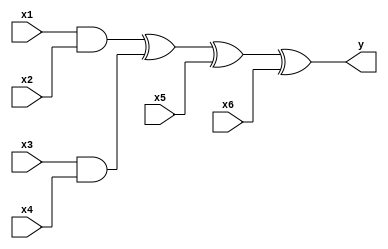

`timescale 1ns/10ps
//------------------------------------------------------------------------------------------
module cell_4xor(y,x1,x2,x3,x4,x5,x6);
  input x1,x2,x3,x4,x5,x6;
  output y;
  and (y1,x1,x2);
  and (y2,x3,x4);
  xor(y,y1,y2,x5,x6);
endmodule